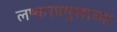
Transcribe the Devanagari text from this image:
लष्करप्रमुखाच्या